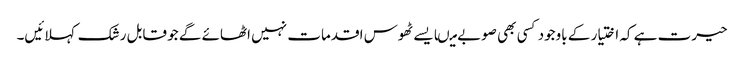
حیرت ہے کہ اختیار کے باوجود کسی بھی صوبے میںایسے ٹھوس اقدمات نہیں اٹھائے گے جو قابل رشک کہلائیں۔